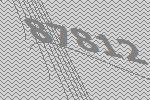
87812